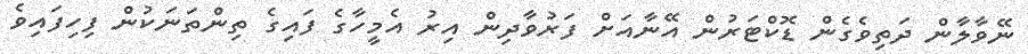
ނޭވާލާން ދަތިވެގެން ޑޮކްޓަރުން އޭނާއަށް ފަރުވާދިން އިރު އެމީހާގެ ފައިގެ ތިންތަނަކުން ފިހިފައިވެ